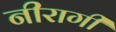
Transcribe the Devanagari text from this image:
नीरागी